Report on sanitation, dispensaries, and jails in Rajputana for 1912, and on vaccination for the year 1912-1913 - 1912-1913
Year: 1912
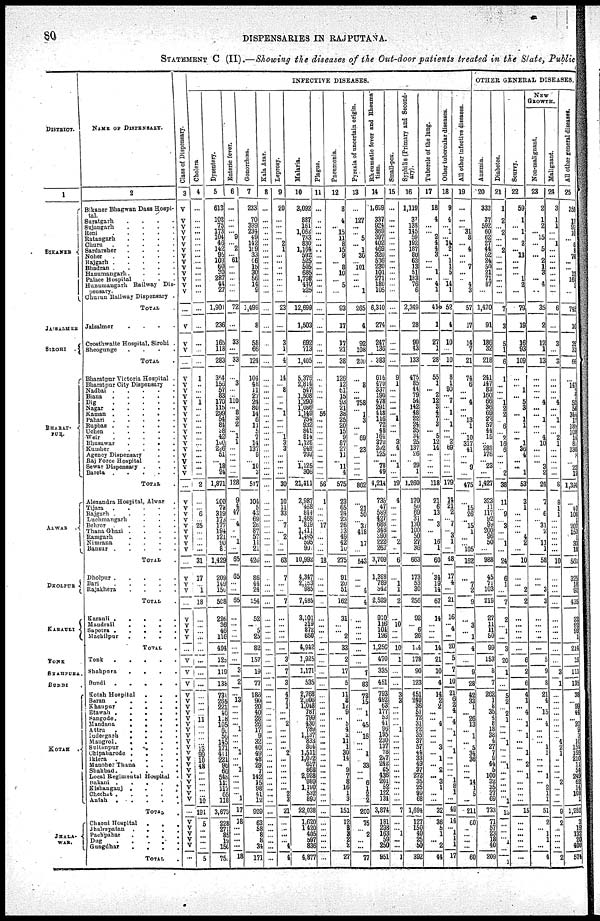
80
DISPENSARIES IN RAJPUTANA.
STATEMENT C (II).—Showing the diseases of the Out-door patients treated in the State, Public
DISTRICT.
1
BIKANER
JAISALMER
BHARAT¬
PUR.
ALWAR
DHOLPUR
KARAULI
TONK
SHAHPURA.
BUNDI .
KOTAH
.
JHALA¬
WAR.
NAME OF DISPENSARY.
2
Bikaner Bhagwan Dass Hospi¬
tal.
Suratgarh
.
.
.
.
Sujangarh
.
.
.
.
Reni
.
.
.
.
.
Ratangarh
.
.
.
.
Churu
.
.
.
.
.
Sardarsher
.
.
.
.
Noher
.
.
.
.
.
Rajgarh
.
.
.
.
.
Bhadran
.
.
.
.
.
Hanumangarh. . . .
Palace Hospital . . .
Hunumangarh Railway Dis-
pensary.
Churun Railway Dispensary .
TOTAL .
Jaisalmer
.
.
.
.
Crosthwaite Hospital, Sirohi .
Sheogunge
.
.
.
.
TOTAL .
Bharatpur Victoria Hospital .
Bharatpur City Dispensary .
Nadbai . . . . .
Biana . . . . .
Dig . . . . .
Nagar . . . . .
Kaman . . . . .
Pahari . . . . .
Rupbas . . . . .
Uchen . . . . .
Weir . . . . .
Bhusawar . . . .
Kumher . . . .
Agency Dispensary . .
Raj Force Hospital . .
Sewar Dispensary . . .
Bareta . . . . .
TOTAL
Alexandra Hospital, Alwar .
Tijara . . . . .
Rajgarh . . . . .
Luchmangarh . . .
Behror . . . . .
Thana Ghazi . . . .
Ramgarh . . . .
Nimrana . . . .
Bansur . . . . .
TOTAL .
Dholpur . . . . .
Bari . . . . .
Rajakhera . . . .
TOTAL .
Karauli .
.
.
.
Mandrail . . . .
Sapotra . . . . .
Machilpur . . . .
TOTAL .
Tonk
.
.
.
.
.
Shahpura . . . .
Bundi . . . . .
Kotah Hospital . . .
Baran . . . . .
Khaupur . . . .
Etawah . . . . .
Sangode . . . . .
Mandana
.
.
.
.
Attru
.
.
.
.
.
Indergarh
.
.
.
.
Mangrol.
. . . .
Sultanpur
.
.
.
.
Chipabarode .
.
.
.
Iklera
.
.
.
.
.
Manoher Thana
.
. .
Shahbad
.
.
.
.
.
Local Regimental Hospital .
Bakani .
.
.
. .
Kishanganj .
.
.
.
Chechat .
.
.
.
Autah
.
.
.
.
.
TOTAL .
Chaoni Hospital
.
. .
Jhalrepatan
.
.
.
.
Pachpahar
.
. . .
Dug
.
.
.
.
.
Gungdhar
.
.
.
.
TOTAL .
Class of Dispensary.
3
V
V
V
V
V
V
V
V
V
V
V
V
V
V
...
V
V
V
...
V
V
V
V
V
V
V
V
V
V
V
V
V
V
V
V
V
...
V
V
V
V
V
V
V
V
V
...
V
V
V
...
V
V
V
V
...
V
V
V
V
V
V
V
V
V
V
V
V
V
V
V
V
V
V
V
V
V
V
...
V
V
V
V
V
...
INFECTIVE DISEASES.
Cholera
4
...
...
...
...
...
...
...
...
...
...
...
...
...
...
...
...
...
...
...
1
...
...
...
1
...
...
...
...
...
...
...
...
...
...
...
...
2
...
...
6
...
25
...
...
...
...
31
17
...
1
18
...
...
...
...
...
...
...
...
...
...
...
...
11
...
...
...
...
13
99
10
48
...
...
...
...
...
10
191
5
...
...
...
...
5
Dysentery.
5
613
102
75
473 104
46
142
95
103
60
30
287
44
27
1,901
236
165
118
283
374
156
57
83
170
115
299
54
84
38
42
100
226
51
...
18
24
1,871
200
72
319
173
177
194
121
90
8
1,429
209
149
150
508
296
36
46
116
494
125
119
136
731
265
221
40
118
105
60
56
145
171
411
221
96
66
548
113 117
65
118
3,673
228
271
85
19
150
750
Enteric fever.
6
...
...
...
...
9
...
2
...
61
...
...
...
...
...
72
...
33
...
33
...
3
...
...
110
...
8
3
2
...
1
1
...
...
...
...
...
128
9
4
47
... 4
...
...
1
...
65
65
...
...
65
...
...
...
...
...
...
3
2
...
13
...
...
...
... 1
...
...
...
1
...
...
1
...
...
...
...
1
17
18
...
...
...
...
18
Gonorrhœa.
7
233
70
399
234
49
142
169
33
46
15
30
56
14
9
1,499
8
58
66
124
104
48
11
27
24
80
14
6
11
5
7
14
131
9
...
10
3
517
104
5
43
69
26
87
57
14
21
426
86
44
24
154
52
...
5
25
82
157
19
77
186
90
20
40
28
26
17
9
32
40
49
48
29
7
142
15
98
41
12
929
63
58
8
8
34
171
Kala Azar.
8
...
...
...
...
...
...
...
...
...
...
...
...
...
...
...
...
...
...
...
...
...
...
...
...
...
...
...
...
...
...
...
...
...
...
...
...
...
...
...
...
...
...
...
...
...
...
...
...
...
...
...
...
...
...
...
...
...
...
...
...
...
...
...
...
...
...
...
...
...
...
...
...
...
...
...
...
...
...
...
...
...
...
...
...
Leprosy.
9
20
...
...
...
...
2
1
...
...
...
...
...
...
...
23
...
3
1
4
14
...
8
...
...
...
1
...
...
...
1
3 3
...
...
...
...
30
10
11
33
...
7
...
2
...
...
63
1
...
...
7
...
...
...
...
...
3
7
3
4
7
1
...
... 2
...
...
...
... 2
...
...
...
...
...
... 2
3
21
...
... ...
... 4
4
Malaria.
10
3,092
887
161
1,062
733
830
1,164
592
525
505
685
1,798
440
225
12,699
1,503
692
713
1,405
5,376
2,814
547
1,508
1,290
1,086
1,149
755
932
841
814
1,128
848
793
...
1,125
306
21,411
2,987
468
844
1,468
819
1,411
1,495
595
907
10,992
4,347
2,183 985
7,485
3,101
319
872
650
4,942
1,925
1,171
535
2,768
2,006
1048
787
799
430
789
1,137
833
804
1,511
1,072
657
868
2,928
989
1,190
532
890
22,038
1,620
1,420
405
597
836
4,877
Plague.
11
...
...
...
...
...
...
...
...
...
...
...
...
... ...
...
...
...
...
...
...
...
...
...
...
55
...
...
...
...
...
...
...
...
...
...
56
1
...
...
...
17
...
...
...
18
...
...
...
...
...
...
...
...
...
...
...
...
...
...
...
...
...
...
...
...
...
...
...
...
...
...
...
...
...
...
...
...
...
...
...
...
...
...
Pneumonia.
12
8
4
...
15
11
8
15
9
...
8
10
...
5
...
93
17
17
21
38
126
12
61
15
93
21
38
25
20
15
9
87
27
11
...
11
4
575
23
65
24
23
26
13
49
42
10
275
91
20
51
162
31
...
...
2
33
2
17
5
11
8
12
9
...
5
4
2
11
1
30
14
...
9
7
8
16
1
3
151
12
8
3
2
2
27
Pyrexia of uncertain origin.
13
...
127
...
...
5
...
1
30
...
101
...
...
...
1
265
4
92
108
200
...
8
...
...
758
...
1
3
...
...
69
...
23
...
...
...
...
862
...
21
50
...
...
418
...
17
...
543
...
...
4
4
...
...
...
...
...
...
7
83
78
15
...
1
...
45
...
16
...
... 1
...
33
...
...
6
1
2
2
200
75
...
2
...
...
77
Rheumatic fever and Rheuma¬
tism.
14
1,699
337
924
369
397
402
469
320
536
230
101
271
180
105
6,340
274
247
136
383
616
470
337
190
478
291
418
116
72
48
164
370
392
125
...
78
49
4,214
735
47
589
427
688
348
390
222
263
3,709
1,398
789
342
2,529
910
116
104
126
1,250
470
335
451
793
492
63
177
53
41
96
195
230
137
78
247
242
85
436
201
52
122
134
3,874
181
298
163
59
250
851
Small-pox.
15
...
...
...
...
...
...
...
...
...
...
...
...
...
...
...
...
...
...
9
1
...
...
...
...
...
1
...
...
3
4
...
...
1
...
19
4
...
...
...
...
...
...
2
...
6
...
1
1
2
...
10
...
...
10
1
...
...
3
3
...
...
...
...
1
...
...
...
...
...
...
...
...
...
...
...
...
7
...
...
1
...
...
1
Syphilis (Primary and Second-
ary).
16
1,119
37
138
145
59
192
187
80
63
13
51
183
76
6
2,349
28
90
43
133
475
85
44
79
54
142
48
22
24
35
34
25
137
26
...
29
1
1,260
170
50
69
31
130
100
50
27
36
663
173
53
30
256
92
... 6
26
104
178
90
123
451
240
36
51
72
31
22
35
37
57
44
33
49
37
272
35
25
99
68
1,694
127
150
40
25
50
392
Tubercle of the lung.
17
18
4
...
...
2
4
4
3
...
...
1
...
4
1
41
1
27
1
28
55
1
... 2
12
3
4
7
3
... 5
12
14
...
...
...
...
118
21
6
13
...
3
...
...
16
1
60
34
19
14
67
14
...
...
...
14
21
10
4
14
2
2
...
...
4
...
...
...
3
...
1
...
2
...
3
1
...
...
32
36
5
1
...
2
44
Other tubercular diseases.
18
9
4
...
1
...
14
2
... 1
1
5
...
14
1
52
4
10
...
10
8
1
90
...
7
...
1
...
1
...
...
2
69
...
...
...
...
179
14
21
2
...
7
... 3
1
...
48
17
4
...
21
16
... 4
...
20
5
7
10
21
6
2
4
...
4
...
1
...
...
1
...
...
...
...
1
8
1
...
49
14
...
1
1
1
17
All other infective diseases.
19
...
...
...
31
8
...
4
...
...
7
...
...
4
3
57
17
14
7
21
74
6
...
...
4
...
...
13
1
...
10
317
41
...
...
9
...
475
...
15
26
...
15
1
...
...
105
162
...
7
2
9
...
3
...
1
4
...
9
28
42
33
1
...
26
13
...
1
...
5
34
36
...
...
...
14
1
5
...
211
50
...
...
...
...
60
OTHER GENERAL DISEASES.
Anæmia.
20
333
37
592
60
62
27
44
62
24
50
21
71
87
...
1,470
91
186
32
218
241
147
83
160
66
36
69
22
57
44
15
...
288
176
...
23
...
1,427
323
11
117
92
99
200
96
50
...
988
45
71
103
219
27
11
11
50
99
153
8
7
262
1
8
35
4
8
18
38
4
27
7
9
44
5
100
32
35
37
69
733
71
57
23
18
40
209
Diabetes.
21
1
2
...
2
...
...
2
...
...
...
...
...
...
...
7
3
5
1
6
1
...
...
...
1
2
2
...
6
...
2
16
6
...
...
...
2
38
11
...
9
...
3
...
...
1
...
24
6
1
...
7
2
...
1
...
3
20
1
...
5
2
...
2
...
...
...
... 1
...
...
...
1 ...
...
...
...
...
1
13
...
...
1 ...
1
Scurvy.
22
59
1
...
1
...
2
...
13
...
...
...
1
2
...
79
19
16
93
109
...
...
1
...
5
3
...
1
1
...
...
1
36
4
...
...
1
53
3
1
...
...
...
...
4
2
...
10
...
...
2
2
...
...
...
...
...
6
2
6
4
1
...
4
...
1
...
1
...
...
1
... 2
...
1
...
...
...
...
15
...
...
...
...
...
...
NEW
GROWTH.
Non-malignant.
23
2
1
2
... 15
... 5
...
2
1
3
... 4
...
35
2
12
1
13
...
...
...
...
4
...
... 1
...
...
4
10
...
...
...
3
2
24
7
...
6
...
31
2
...
11
1
58
...
...
3
3
...
...
...
...
...
5
9
8
21
4
...
15
... 4
...
...
...
1
1
...
...
...
1
... 2
1
1
51
2
...
1
1
...
4
Malignant.
24
3
1
1
...
1
...
...
...
...
...
...
...
...
6
...
3
...
3
...
...
...
...
4
...
...
1
...
...
2
1
...
...
...
...
...
8
8
1
1
...
...
...
...
...
...
10
...
...
...
...
...
...
...
...
...
...
3
1
...
...
...
...
...
...
...
...
4
2
1
...
...
...
...
2
...
...
...
9
2
...
...
...
...
2
All other general diseases.
25
353
17
97
10
...
6
3
73
...
...
12
164
5
...
745
10
35
31
66
...
143
2
7
52
56
344 17
189
103
16
81
330
5
...
22
19
1,391
...
40
103
1
207
153
1
33
13
561
325
18
92
435
22
92
99 1
214
19
111
135
38
... 99
44
...
20
9
3
10
154
166
210
11
54
249
62
14
108
1
1,252
3
19
132
20
400
574